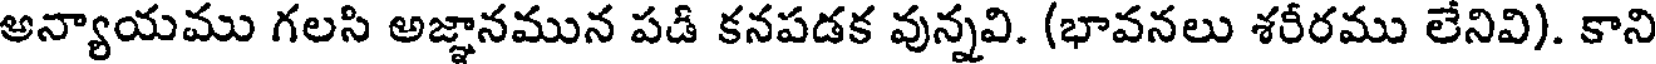
అన్యాయము గలసి అజ్ఞానమున పడి కనపడక వున్నవి. (భావనలు శరీరము లేనివి). కాని